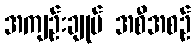
အကျဉ်းချုပ် အစီအစဉ်